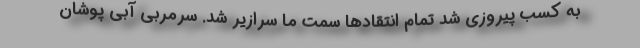
به کسب پیروزی شد تمام انتقادها سمت ما سرازیر شد. سرمربی آبی پوشان